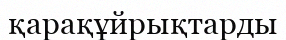
қарақұйрықтарды